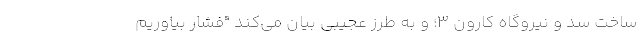
ساخت سد و نیروگاه کارون ۳؛ و به طرز عجیبی بیان می‌کند "فشار بیاوریم